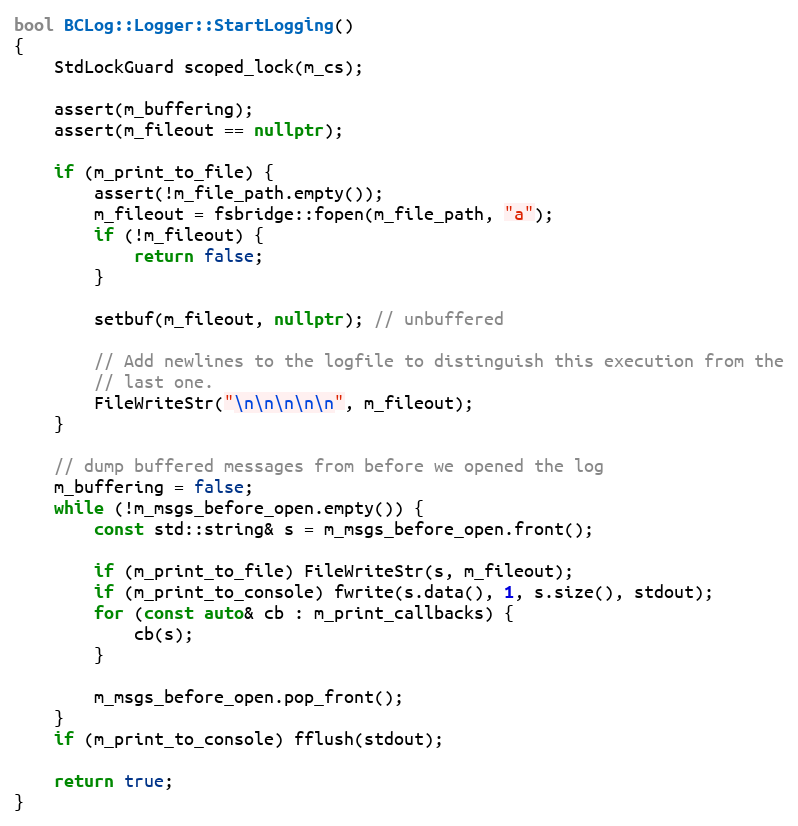
Language: C++
bool BCLog::Logger::StartLogging()
{
    StdLockGuard scoped_lock(m_cs);

    assert(m_buffering);
    assert(m_fileout == nullptr);

    if (m_print_to_file) {
        assert(!m_file_path.empty());
        m_fileout = fsbridge::fopen(m_file_path, "a");
        if (!m_fileout) {
            return false;
        }

        setbuf(m_fileout, nullptr); // unbuffered

        // Add newlines to the logfile to distinguish this execution from the
        // last one.
        FileWriteStr("\n\n\n\n\n", m_fileout);
    }

    // dump buffered messages from before we opened the log
    m_buffering = false;
    while (!m_msgs_before_open.empty()) {
        const std::string& s = m_msgs_before_open.front();

        if (m_print_to_file) FileWriteStr(s, m_fileout);
        if (m_print_to_console) fwrite(s.data(), 1, s.size(), stdout);
        for (const auto& cb : m_print_callbacks) {
            cb(s);
        }

        m_msgs_before_open.pop_front();
    }
    if (m_print_to_console) fflush(stdout);

    return true;
}